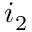
i _ { 2 }